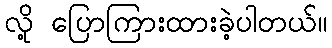
လို့ ပြောကြားထားခဲ့ပါတယ်။